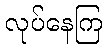
လုပ်နေကြ